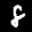
Label: 8